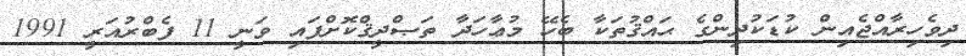
ދިވެހިރާއްޖެއިން ކުޑަކުދިންގެ ޙައްޤުތަކާ ބެހޭ މުޢާހަދާ ތަޞްދީޤްކޮށްފައި ވަނީ 11 ފެބްރުއަރީ 1991